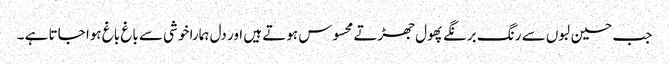
جب حسین لبوں سے رنگ برنگے پھول جھڑتے محسوس ہوتے ہیں اور دل ہمارا خوشی سے باغ باغ ہوا جاتا ہے ۔